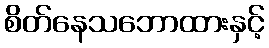
စိတ်နေသဘောထားနှင့်